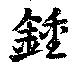
鍾